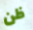
ظن